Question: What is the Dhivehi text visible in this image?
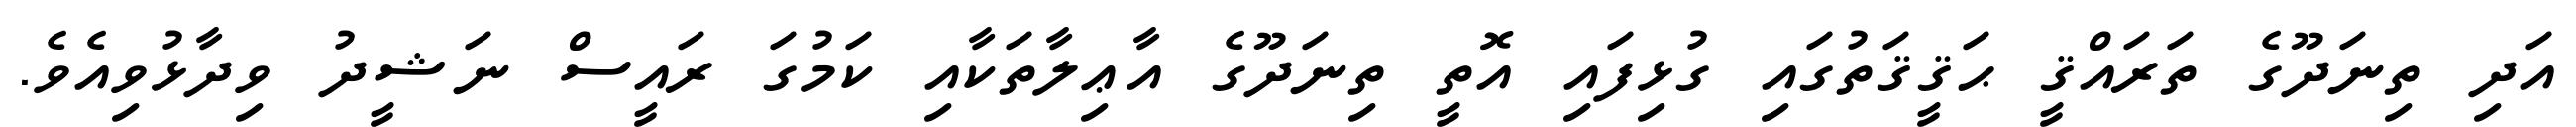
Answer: އަދި ތިނަދޫގެ ތަރައްޤީ ޙަޤީޤަތުގައި ގުޅިފައި އޮތީ ތިނަދޫގެ އާޢިލާތަކާއި ކަމުގަ ރައީސް ނަޝީދު ވިދާޅުވިއެވެ.